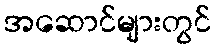
အဆောင်များတွင်